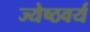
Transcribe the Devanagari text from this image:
ज्येष्ठवर्य